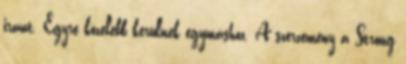
iránt. Egyre közelebb kerülnek egymáshoz. A szerzemény a Strong